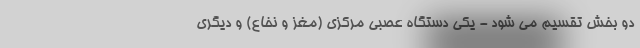
دو بخش تقسیم می شود - یکی دستگاه عصبی مرکزی (مغز و نخاع) و دیگری